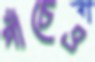
পাঁচেও